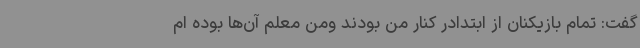
گفت: تمام بازیکنان از ابتدادر کنار من بودند ومن معلم آن‌ها بوده ام